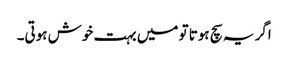
اگر یہ سچ ہوتا تو میں بہت خوش ہوتی۔